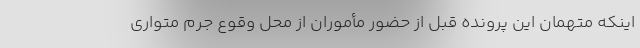
اینکه متهمان این پرونده قبل از حضور مأموران از محل وقوع جرم متواری